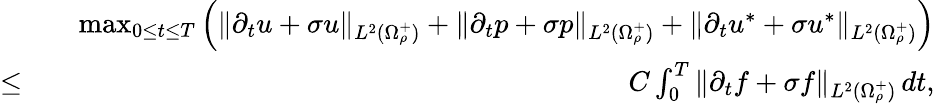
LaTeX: \begin{array}{rlr}&{}&{\operatorname*{max}_{0\leq t\leq T}\left(\| \partial_{t}u+\sigma u\| _{L^{2}(\Omega_{\rho}^{+})}+\| \partial_{t}p+\sigma p\| _{L^{2}(\Omega_{\rho}^{+})}+\| \partial_{t}u^{*}+\sigma u^{*}\| _{L^{2}(\Omega_{\rho}^{+})}\right)}\\ {\leq}&{}&{C\int_{0}^{T}\| \partial_{t}f+\sigma f\| _{L^{2}(\Omega_{\rho}^{+})}\, dt,}\end{array}